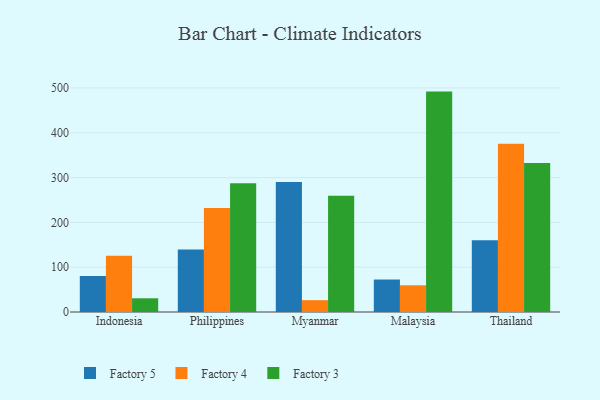
{"axis": {"x": "Country", "y": "Backlog"}, "legend": ["Factory 3", "Factory 4", "Factory 5"], "data": [{"x": "Indonesia", "y": 80.5, "type": "Factory 5"}, {"x": "Indonesia", "y": 125.6, "type": "Factory 4"}, {"x": "Indonesia", "y": 30.6, "type": "Factory 3"}, {"x": "Philippines", "y": 139.5, "type": "Factory 5"}, {"x": "Philippines", "y": 231.9, "type": "Factory 4"}, {"x": "Philippines", "y": 287.3, "type": "Factory 3"}, {"x": "Myanmar", "y": 290.2, "type": "Factory 5"}, {"x": "Myanmar", "y": 26.4, "type": "Factory 4"}, {"x": "Myanmar", "y": 259.6, "type": "Factory 3"}, {"x": "Malaysia", "y": 72.5, "type": "Factory 5"}, {"x": "Malaysia", "y": 59.6, "type": "Factory 4"}, {"x": "Malaysia", "y": 492.0, "type": "Factory 3"}, {"x": "Thailand", "y": 160.0, "type": "Factory 5"}, {"x": "Thailand", "y": 375.4, "type": "Factory 4"}, {"x": "Thailand", "y": 332.7, "type": "Factory 3"}]}